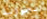
الجواؤلد